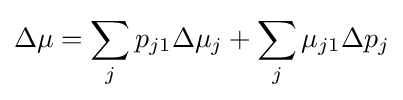
\Delta \mu =\sum _{j}p_{j1}\Delta \mu _{j}+\sum _{j}\mu _{j1}\Delta p_{j}